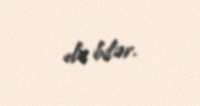
ola bilər.